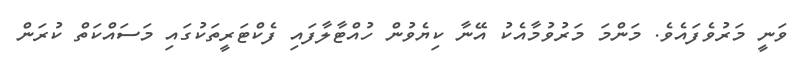
ވަނީ މަރުވެފައެވެ. މަންމަ މަރުވުމާއެކު އޭނާ ކިޔެވުން ހުއްޓާލާފައި ފެކްޓަރީތަކުގައި މަސައްކަތް ކުރަން